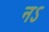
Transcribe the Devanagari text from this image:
नऽ